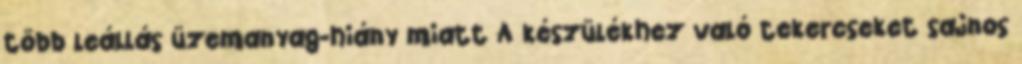
több leállás üzemanyag-hiány miatt A készülékhez való tekercseket sajnos